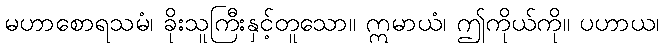
မဟာစောရသမံ၊ ခိုးသူကြီးနှင့်တူသော။ ဣမာယံ၊ ဤကိုယ်ကို။ ပဟာယ၊